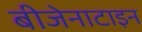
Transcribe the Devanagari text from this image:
बीजेनाटाइन